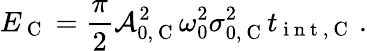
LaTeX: E_{\mathrm{~C~}}=\frac{\pi}{2}\mathcal{A}_{0,\mathrm{~C~}}^{2}\omega_{0}^{2}\sigma_{0,\mathrm{~C~}}^{2}t_{\mathrm{~i~n~t~,~C~}}\, .